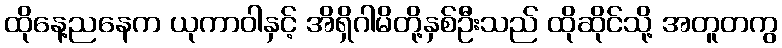
ထိုနေ့ညနေက ယုကာဝါနှင့် အိရှိဂါမိတို့နှစ်ဦးသည် ထိုဆိုင်သို့ အတူတကွ